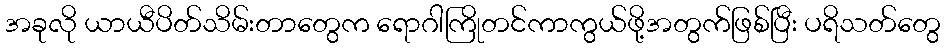
အခုလို ယာယီပိတ်သိမ်းတာတွေက ရောဂါကြိုတင်ကာကွယ်ဖို့အတွက်ဖြစ်ပြီး ပရိသတ်တွေ